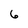
Character: 6